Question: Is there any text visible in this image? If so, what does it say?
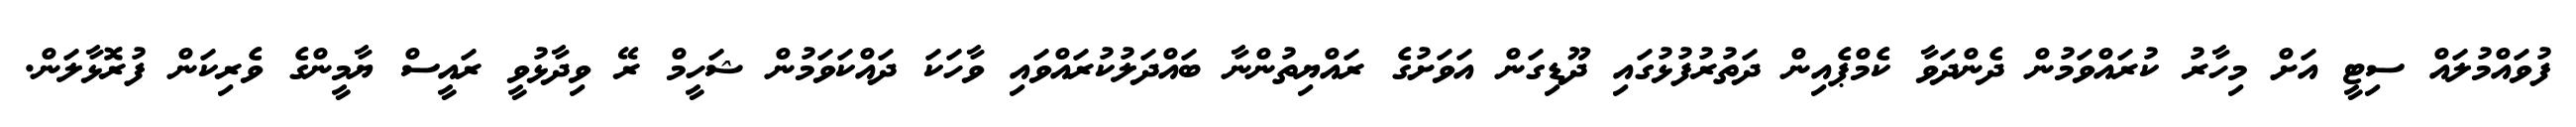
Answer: ފުވައްމުލައް ސިޓީ އަށް މިހާރު ކުރައްވަމުން ދެންދަވާ ކެމްޕެއިން ދަތުރުފުޅުގައި ދޫޑިގަން އަވަށުގެ ރައްޔިތުންނާ ބައްދަލުކުރައްވައި ވާހަކަ ދައްކަވަމުން ޝަހީމް ރޭ ވިދާޅުވީ ރައީސް ޔާމީންގެ ވެރިކަން ފުރޮޅާލަން.